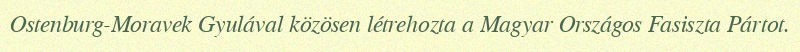
Ostenburg-Moravek Gyulával közösen létrehozta a Magyar Országos Fasiszta Pártot.